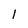
Character: 1